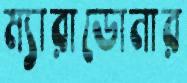
ম্যারাডোনার